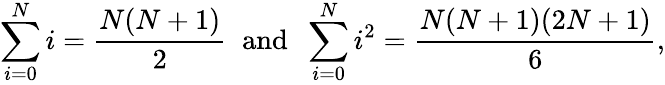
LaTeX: \sum_{i=0}^{N}i={\frac{N(N+1)}{2}}\; \; \mathrm{and}\; \; \sum_{i=0}^{N}i^{2}={\frac{N(N+1)(2N+1)}{6}},